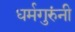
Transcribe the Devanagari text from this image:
धर्मगुरुंनी